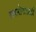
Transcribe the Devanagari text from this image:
समारोपासाठी